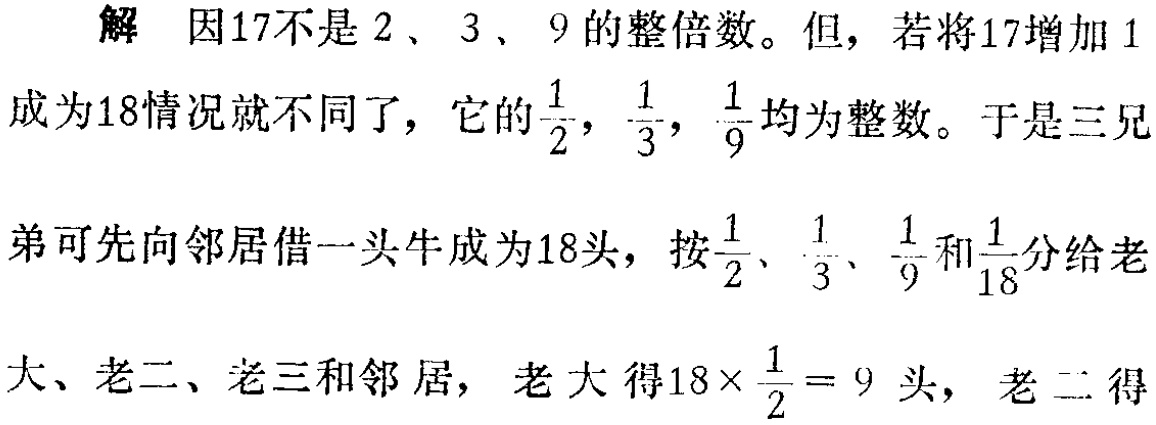
解 因17不是 2、3、9 的整倍数。但，若将17增加 1成为18情况就不同了，它的$\frac{1}{2}$，$\frac{1}{3}$，$\frac{1}{9}$均为整数。于是三兄弟可先向邻居借一头牛成为18头，按$\frac{1}{2}$、$\frac{1}{3}$、$\frac{1}{9}$和$\frac{1}{18}$分给老大、老二、老三和邻居，老大得$18\times\frac{1}{2}=9$头，老二得